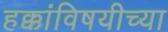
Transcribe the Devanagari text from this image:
हक्कांविषयीच्या